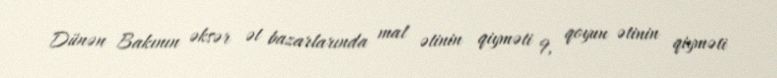
Dünən Bakının əksər ət bazarlarında mal ətinin qiyməti 9, qoyun ətinin qiyməti